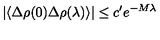
| \langle \Delta \rho ( 0 ) \Delta \rho ( \lambda ) \rangle | \leq c ^ { \prime } e ^ { - M \lambda }